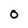
Character: 0